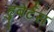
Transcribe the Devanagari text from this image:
हुबेर्टस